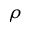
\rho